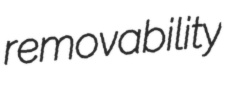
removability